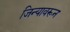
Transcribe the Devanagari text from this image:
जिन्यावरून